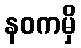
နဝကမှိ